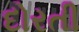
દોરતી